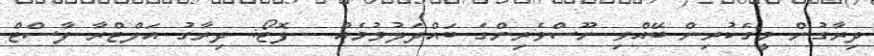
ދިރާގުން މީގެކުރިން ބޭއްވި ނޫސްވެރިންގެ ބައްދަލުވުމެއް - ފޮޓޯ: ދިރާގު އަލްޓްރާ ފާސްޓް